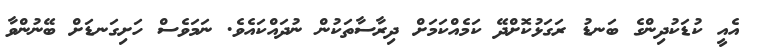
އެއީ ކުޑަކުދިންގެ ބަނޑު ރަގަޅުކޮށްދޭ ކަމެއްކަމަށް ދިރާސާތަކުން ނުދައްކައެވެ. ނަމަވެސް ހަށިގަނޑަށް ބޭނުންވާ